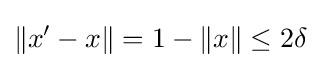
\|x'-x\|=1-\|x\|\leq 2\delta